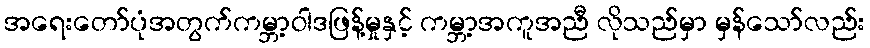
အရေးတော်ပုံအတွက်ကမ္ဘာ့ဝါဒဖြန့်မှုနှင့် ကမ္ဘာ့အကူအညီ လိုသည်မှာ မှန်သော်လည်း